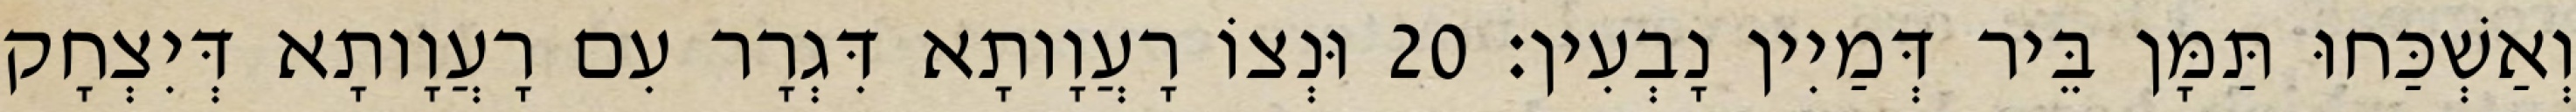
וְאַשְׁכַּחוּ תַּמָּן בֵּיר דְּמַיִין נָבְעִין׃ 20 וּנְצוֹ רָעֲוָותָא דִּגְרָר עִם רָעֲוָותָא דְּיִצְחָק